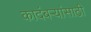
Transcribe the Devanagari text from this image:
कादंबऱ्यांसाठी